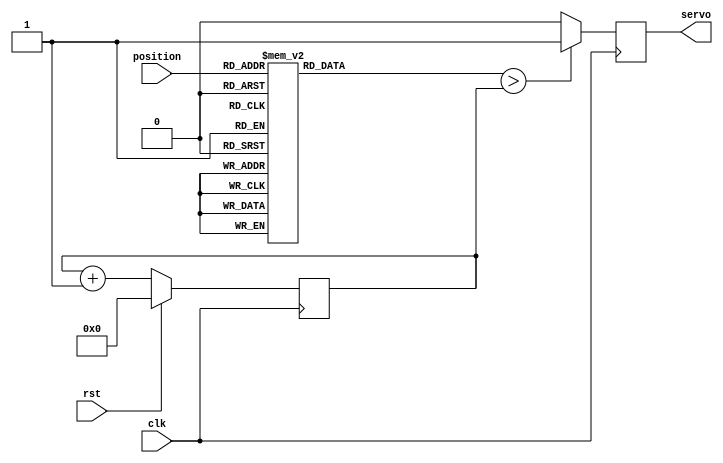
module servo_controller (
  input clk,
  input rst,
  input [2:0] position,
  output servo
  );
	
  reg pwm_q, pwm_d;
  reg [17:0] ctr_q, ctr_d;
  assign servo = pwm_q;
  reg [14:0] pos ;

  //position (0-255) maps to 6,000-30,000 (which corresponds to 0.5ms-2.5ms @ 12MHz)
  //The servo output is set by comparing the position input with the value of the counter (ctr_q)
 
  always @(*) begin
 
   case (position)
    3'd0: pos =15'd6000   ;  
    3'd1: pos =15'd10000  ;  
    3'd2: pos =15'd14000  ; 
    3'd3: pos =15'd18000  ; //  -- 3 division
    3'd4: pos =15'd21000  ; 
    3'd5: pos =15'd24000  ; 
    3'd6: pos =15'd27000  ; 
    3'd7: pos =15'd30000  ; 
    default : pos = 15'd6000;
    endcase  
 
    ctr_d <= ctr_q + 1'b1;
    if (pos > ctr_q) begin  
      pwm_d = 1'b1;
    end else begin
      pwm_d = 1'b0;
    end
  end
	
  always @(posedge clk) begin
    if (rst) begin
      ctr_q <= 1'b0;
    end else begin
      ctr_q <= ctr_d;
    end
    pwm_q <= pwm_d;
  end
endmodule